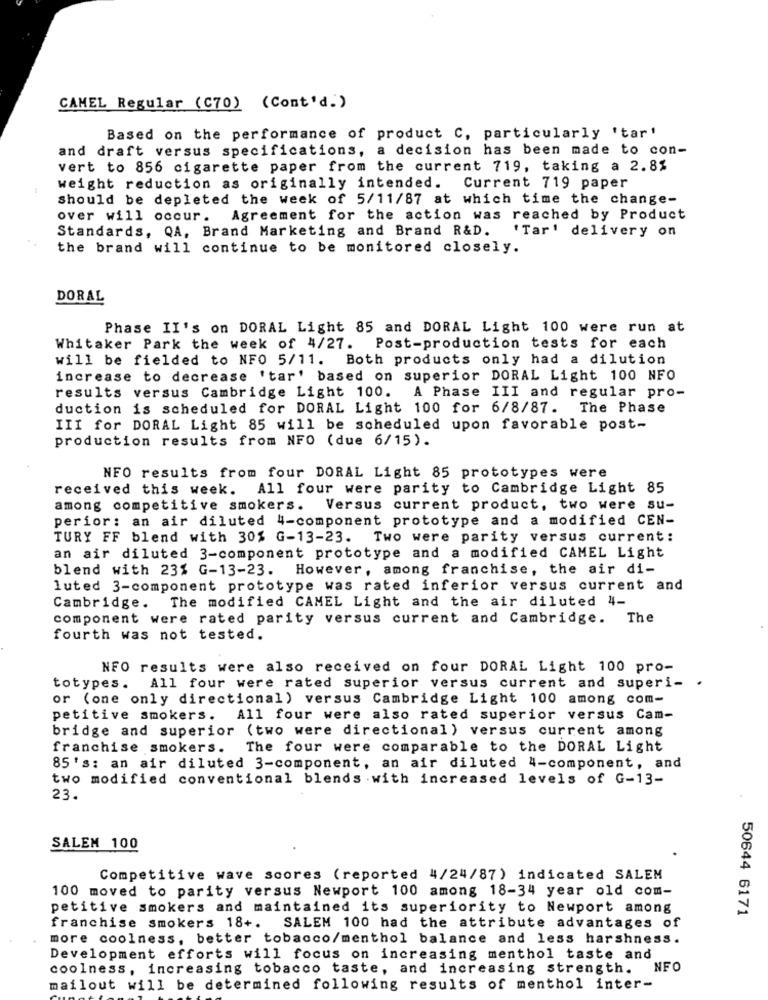
CAMEL Regular (C70) (Cont'd.)
Based on the performance of product C, particularly 'tar'
and draft versus specifications, a decision has been made to con-
vert to 856 cigarette paper from the current 719, taking a 2.8%
44
weight reduction as originally intended. Current 719 paper
should be depleted the week of 5/11/87 at which time the change-
over will occur.
Agreement for the action was reached by Product
Standards, QA, Brand Marketing and Brand R&D. 'Tar' delivery on
the brand will continue to be monitored closely.
DORAL
Phase II's on DORAL Light 85 and DORAL Light 100 were run at
Whitaker Park the week of 4/27. Post-production tests for each
will be fielded to NF0 5/11. Both products only had a dilution
increase to decrease 'tar' based on superior DORAL Light 100 NFO
results versus Cambridge Light 100. A Phase III and regular pro-
duction is scheduled for DORAL Light 100 for 6/8/87. The Phase
III for DORAL Light 85 will be scheduled upon favorable post-
production results from NFO (due 6/15).
NFO results from four DORAL Light 85 prototypes were
received this week.
All four were parity to Cambridge Light 85
among competitive smokers.
Versus current product, two were su-
perior: an air diluted 4-component prototype and a modified CEN-
TURY FF blend with 30% G-13-23. Two were parity versus current:
an air diluted 3-component prototype and a modified CAMEL Light
blend with 23% G-13-23. However, among franchise, the air di-
luted 3-component prototype was rated inferior versus current and
The modified CAMEL Light and the air diluted 4-
Cambridge.
component were rated parity versus current and Cambridge. The
fourth was not tested.
NFO results were also received on four DORAL Light 100 pro-
totypes. All four were rated superior versus current and superi- .
or (one only directional) versus Cambridge Light 100 among com-
petitive smokers. All four were also rated superior versus Cam-
bridge and superior (two were directional) versus current among
franchise smokers.
The four were comparable to the DORAL Light
85's: an air diluted 3-component, an air diluted 4-component, and
two modified conventional blends with increased levels of G-13-
23.
SALEM 100
Competitive wave scores (reported 4/24/87) indicated SALEM
100 moved to parity versus Newport 100 among 18-34 year old com-
petitive smokers and maintained its superiority to Newport among
50644 6171
franchise smokers 18+. SALEM 100 had the attribute advantages of
more coolness, better tobacco/menthol balance and less harshness.
Development efforts will focus on increasing menthol taste and
coolness, increasing tobacco taste, and increasing strength.
NFO
mailout will be determined following results of menthol inter-